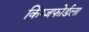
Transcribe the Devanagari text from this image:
किंग्जफोर्डला